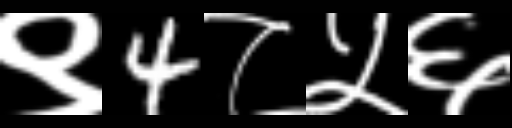
Text: ९4८५६